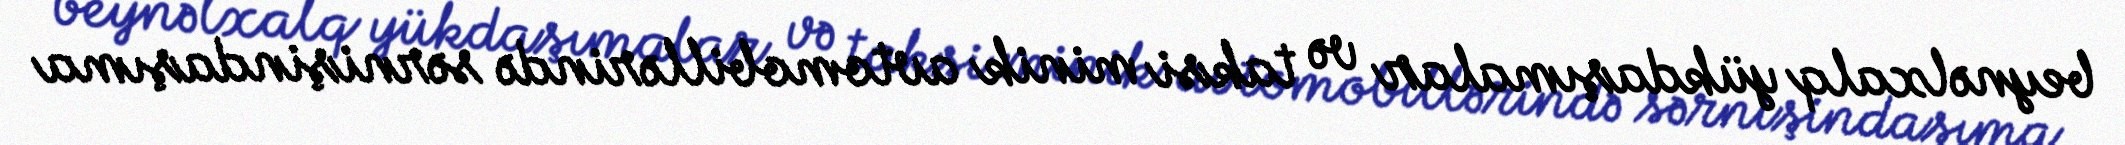
beynəlxalq yükdaşımalar və taksi minik avtomobillərində sərnişindaşıma